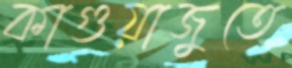
কাগুয়াজুতে